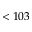
< 1 0 3